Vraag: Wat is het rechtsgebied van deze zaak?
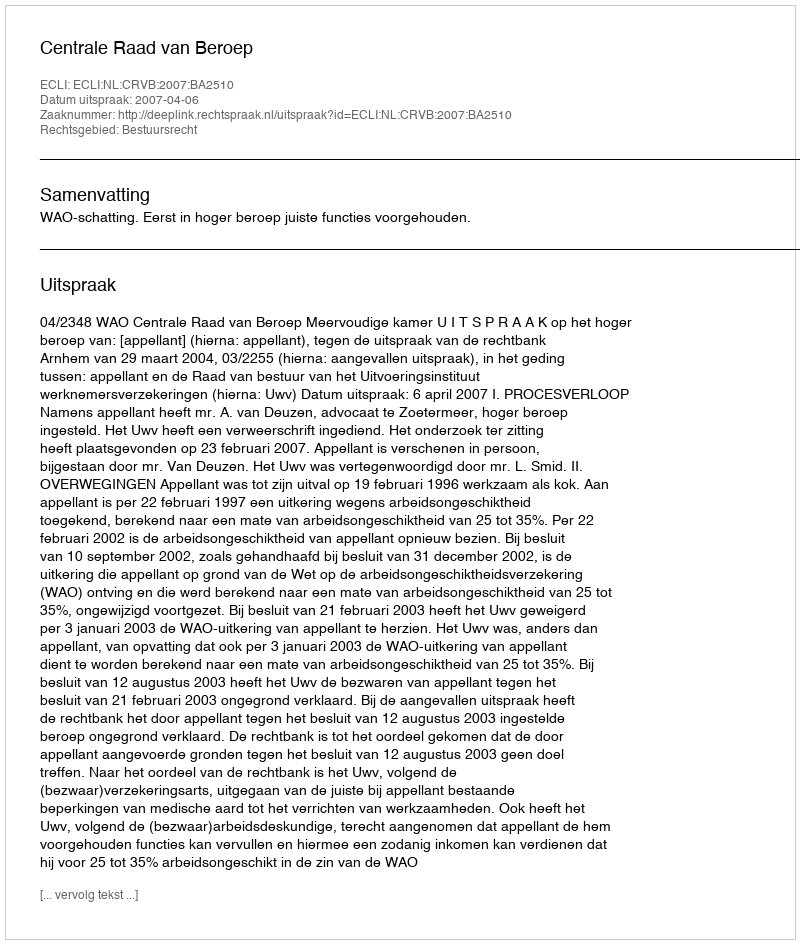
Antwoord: Bestuursrecht